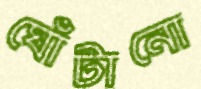
ঘোঁটানো